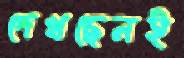
দেখছেনই